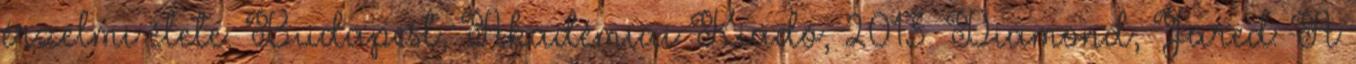
érzelmi élete. Budapest, Akadémiai Kiadó, 2013. Diamond, Jared: A